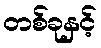
တစ်ခုနှင့်